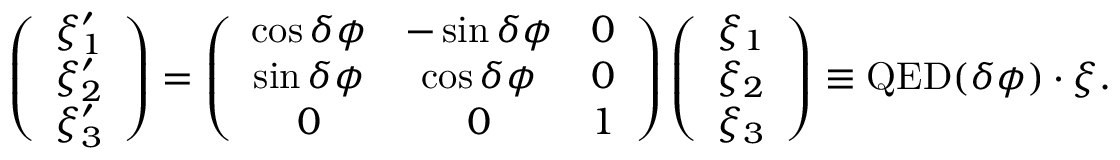
\left( \begin{array} { l } { \xi _ { 1 } ^ { \prime } } \\ { \xi _ { 2 } ^ { \prime } } \\ { \xi _ { 3 } ^ { \prime } } \end{array} \right) = \left( \begin{array} { c c c } { \cos \delta \phi } & { - \sin \delta \phi } & { 0 } \\ { \sin \delta \phi } & { \cos \delta \phi } & { 0 } \\ { 0 } & { 0 } & { 1 } \end{array} \right) \left( \begin{array} { l } { \xi _ { 1 } } \\ { \xi _ { 2 } } \\ { \xi _ { 3 } } \end{array} \right) \equiv { \mathrm { Q E D } } ( \delta \phi ) \cdot \boldsymbol { \xi } .